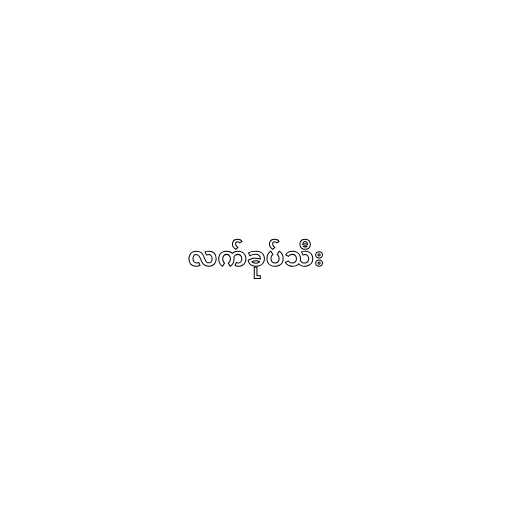
လက်ခုပ်သီး